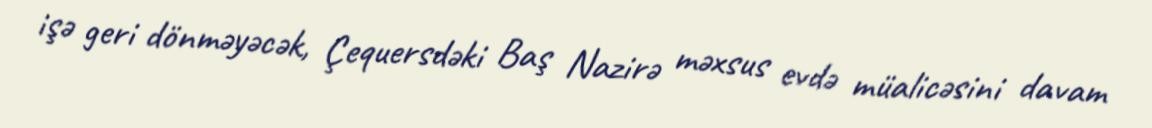
işə geri dönməyəcək, Çequersdəki Baş Nazirə məxsus evdə müalicəsini davam